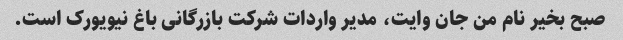
صبح بخیر نام من جان وایت، مدیر واردات شرکت بازرگانی باغ نیویورک است.